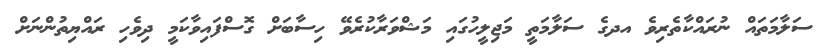
ސަލާމަތައް ނުރައްކާތެރިވެ އދގެ ސަލާމަތީ މަޖިލީހުގައި މަޝްވަރާކުރެވޭ ހިސާބަށް ގޮސްފައިވާކަމީ ދިވެހި ރައްޔިތުންނަށް